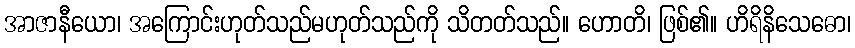
အာဇာနီယော၊ အကြောင်းဟုတ်သည်မဟုတ်သည်ကို သိတတ်သည်။ ဟောတိ၊ ဖြစ်၏။ ဟိရိနိသေဓော၊